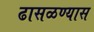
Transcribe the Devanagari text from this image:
ढासळण्यास